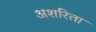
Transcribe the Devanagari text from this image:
अशरिता